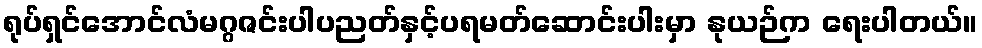
ရုပ်ရှင်အောင်လံမဂ္ဂဇင်းပါပညတ်နှင့်ပရမတ်ဆောင်းပါးမှာ နုယဉ်က ရေးပါတယ်။